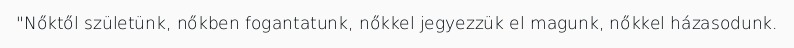
"Nőktől születünk, nőkben fogantatunk, nőkkel jegyezzük el magunk, nőkkel házasodunk.